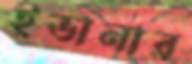
ইভানার